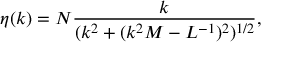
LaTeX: \eta ( k ) = { \cal N } \frac { k } { ( k ^ { 2 } + ( k ^ { 2 } M - L ^ { - 1 } ) ^ { 2 } ) ^ { 1 / 2 } } ,